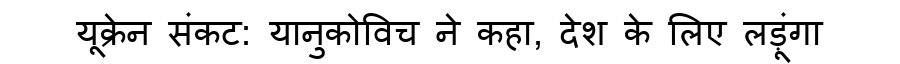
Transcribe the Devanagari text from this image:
यूक्रेन संकट: यानुकोविच ने कहा, देश के लिए लड़ूंगा